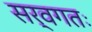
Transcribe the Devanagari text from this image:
सर्वगतः